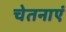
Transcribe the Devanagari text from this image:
चेतनाएं